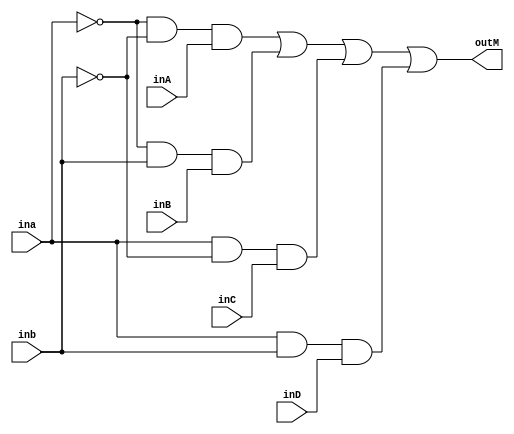
`timescale 1ns / 1ps

module mux(
input ina,
input inb,
input inA,
input inB,
input inC,
input inD,
output outM
    );
    
    assign outM = (~ina)&(~inb)&inA | (~ina)&inb&inB | ina&(~inb)&inC | ina&inb&inD;
endmodule